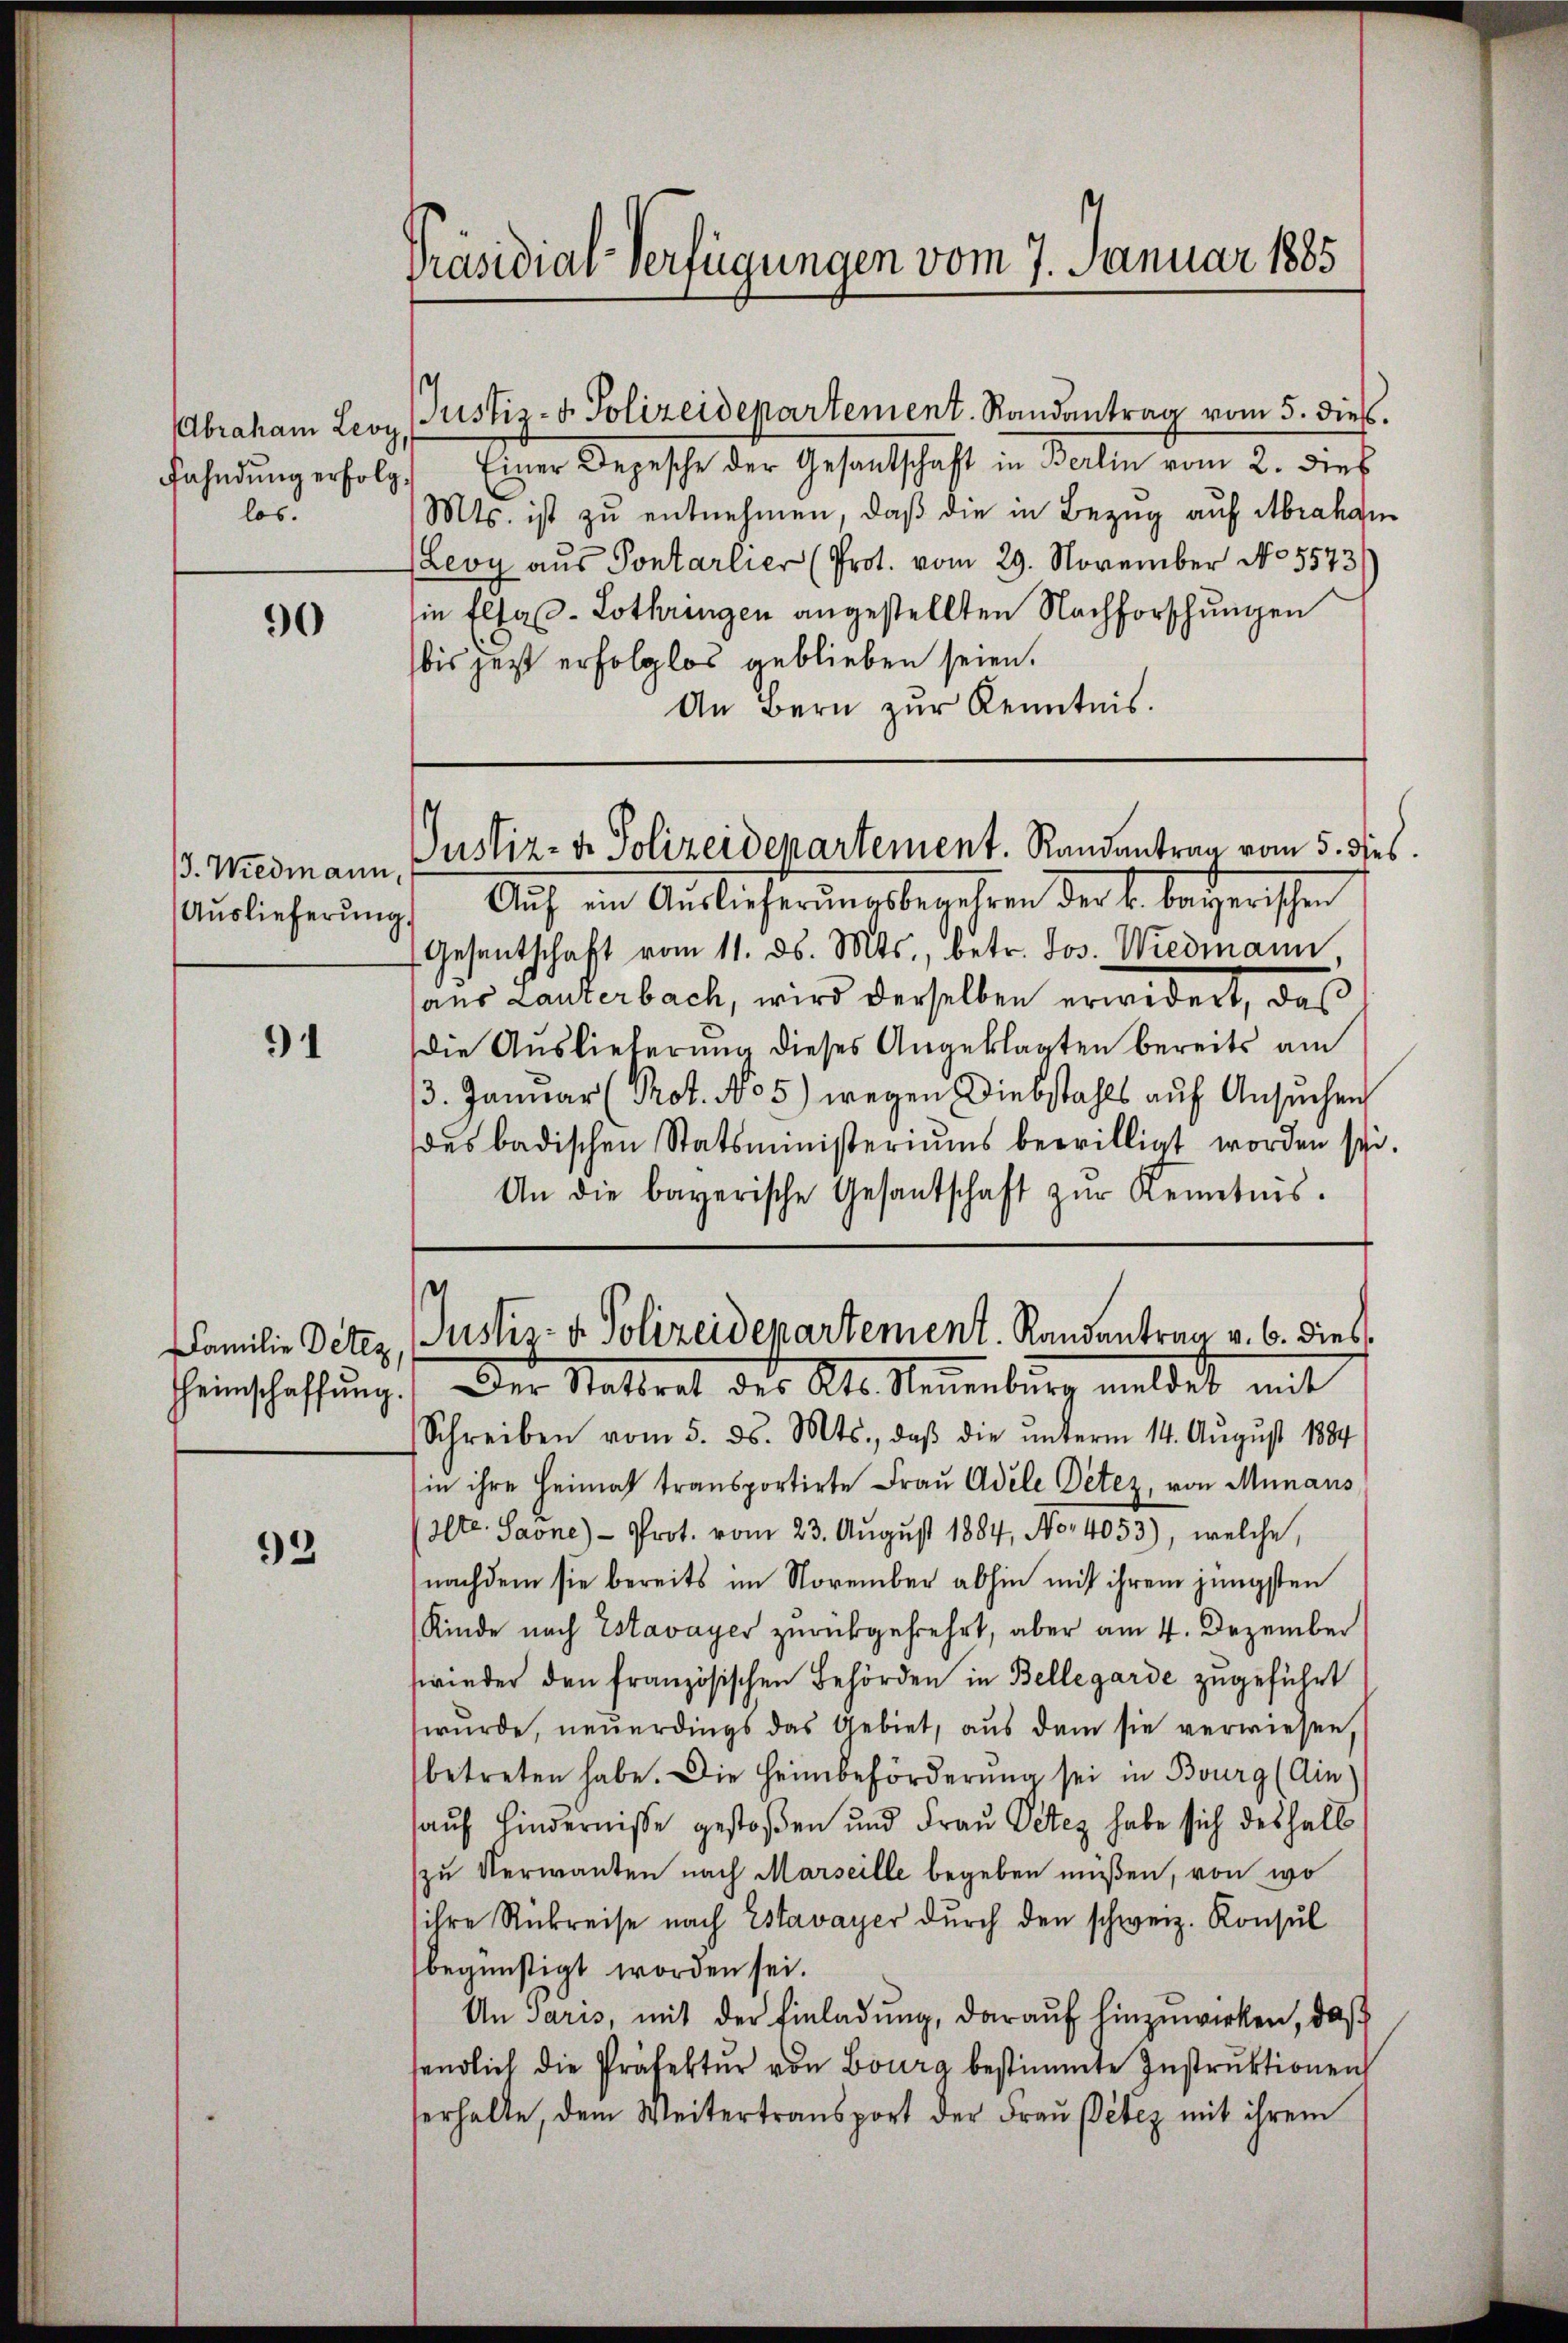
los.

90

/3. Wiedmann
Auslieferung.

1

Familie Detez,
Heimschaffung.

92

Präsidial-Verfügungen vom 7. Januar 1885

Fahndŭng erfolg. Einer Depesche der Gesantschaft in Berlin vom 2. dies
Mts. ist zu entnehmen, daß die in Bezug auf Abraham
Levy aus Pontarlier (Prot. vom 29. November No 5573
ie Elsaß-Lothringen angestellten Nachforschungen
bis jetzt erfolglos geblieben seien.
An Bern zur Kenntnis.

Aŭf ein Auslieferŭngsbegehren der k. bayerischen
Gesentschaft vom 11. ds. Mts., betr. Jos. Wiedmann,
haus Lauterbach, wird derselben erwidert, daß
die Auslieferung dieses Angeklagten bereits am
13. Januar (Prot. No 5) wegen Diebstahls auf Ansuchen
des badischen Statsministeriums bewilligt worden schi.
An die bayerische Gesantschaft zŭr Kenntnis.
Schreiben vom 5. ds. Mts., daβ die ŭnterm 14. Aŭgŭst 1884
in ihre Heimat transportirte Frau Adele Petez, von Munaus
Alte. Saöne) - Prot. vom 23. August 1884, No 4053), welche,
nachdem sie bereits im November abhin mit ihrem jüngsten
Kinde nach Estavayer zurückgekehrt, aber am 4. Dezember
wieder den französischen Behörden in Bellegarde zugeführt
wurde, neuerdings das Gebiet, aus dem sie verwiesen,
betreten habe. Die Heimbeförderung sei in Bourg (Ain
sauf hindernisse gestoßen und Frau Peter habe sich deshalb
zu Verwanten nach Marseille begeben müßen, von wo
ihre Rückreise nach Estavayer durch den schweiz. Konsul
begünstigt worden sei.
An Paris, mit der Einladung, darauf hinzuwirken, daß
endlich die Präfektur von Bourg bestimmte Instruktionen
serhalte, dem Weitertransport der Frau Peter mit ihrem

Abraham Leoz. Justiz- & Polizeidepartement. Randantrag vom 5. dieβ.

Justiz- & Polizeidepartement. Randantrag vom 5. dies

g
Justiz- & Polizeidepartement. Randentrag v. 6. dies
Der Stattrat des Al. Neuenburg meldet mit